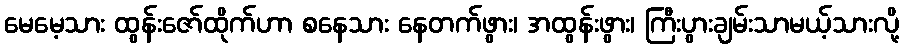
မေမေ့သား ထွန်းဇော်ထိုက်ဟာ စနေသား နေတက်ဖွား၊ အထွန်းဖွား၊ ကြီးပွားချမ်းသာမယ့်သားလို့